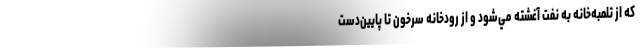
كه از تلمبه‌خانه به نفت آغشته مي‌شود و از رودخانه سرخون تا پايين‌دست